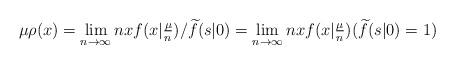
LaTeX: \begin{align*}\mu \rho(x) &= \lim_{n\to\infty}n xf(x|\tfrac{\mu}{n})/\widetilde f(s|0) = \lim_{n\to\infty}n xf(x|\tfrac{\mu}{n})(\widetilde f(s|0)=1) \end{align*}